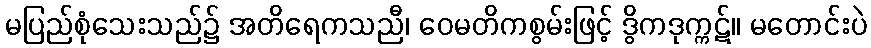
မပြည်စုံသေးသည်၌ အတိရေကသညီ၊ ဝေမတိကစွမ်းဖြင့် ဒွိကဒုက္ကဋ်။ မတောင်းပဲ